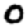
Digit: 0